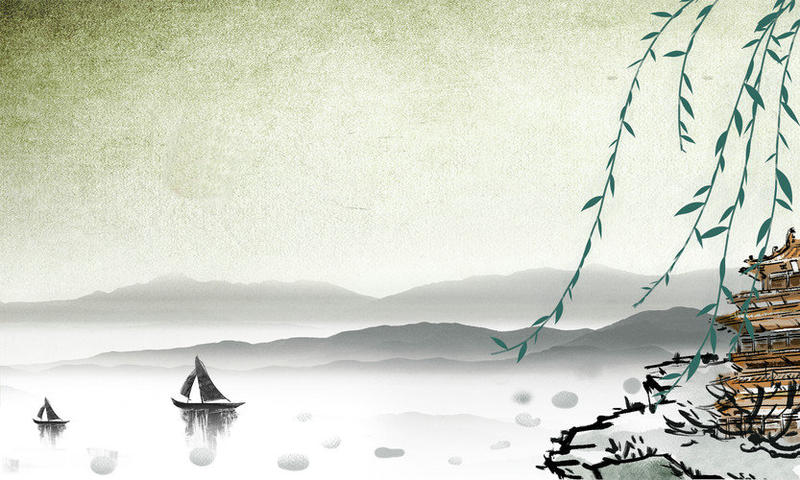
活水源流随处满，东风花柳逐时新。